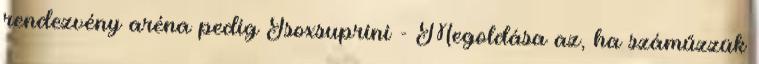
rendezvény aréna pedig Isoxsuprini - Megoldása az, ha száműzzük